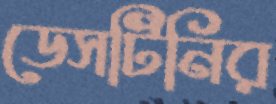
ডেসটিনির